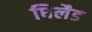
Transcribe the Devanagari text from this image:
घिलैड